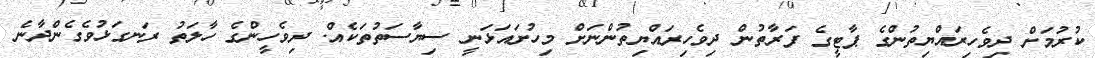
ކުރުމަށް ދިވެހިރައްޔިތުންގެ ޕާޓީގެ ފަރާތުން ދިވެހިރައްޔިތުންނަށް މިހުށައަޅަނީ ސިޔާސަތުތަކެއް. ދިވެހީންގެ ހާލަތު ރަނގަޅުވެގެންދާނެ